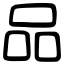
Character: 品